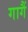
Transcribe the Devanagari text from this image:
गागैं